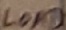
Text: LOAD